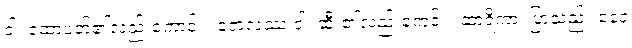
ဝါ၊ ထောပတ်၏လည်းကောင်း။ တေလဿ ဝါ၊ ဆီး၏လည်းကေင်း။ ဆာရိကာ၊ ပြာသည်။ နေဝ